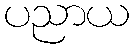
ပညာယ